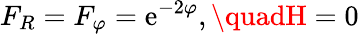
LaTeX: F_{R}=F_{\varphi}=\mathrm{e}^{-2\varphi},\quadH=0